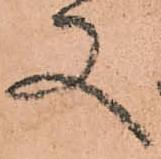
又